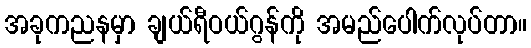
အခုကညနမှာ ချယ်ရီဝယ်ဂွန်ကို အမည်ပေါက်လုပ်တာ။